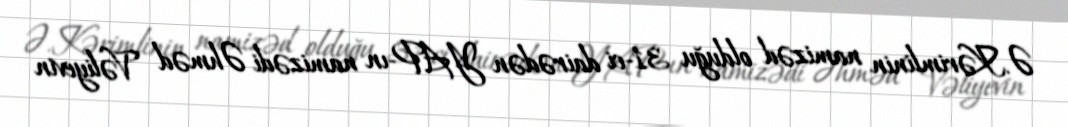
Ə.Kərimlinin namizəd olduğu 31-ci dairədən YAP-ın namizədi Əhməd Vəliyevin